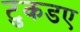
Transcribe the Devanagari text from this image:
टुकडए